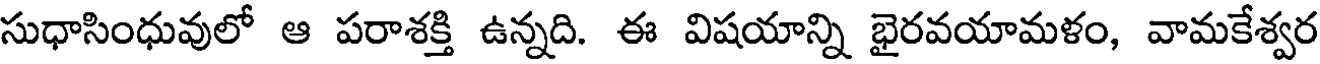
సుధాసింధువులో ఆ పరాశక్తి ఉన్నది. ఈ విషయాన్ని భైరవయామళం, వామకేశ్వర